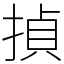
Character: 揁